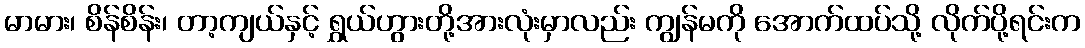
မာမား၊ စိန်စိန်း၊ တာ့ကျယ်နှင့် ရွှယ်ဟွားတို့အားလုံးမှာလည်း ကျွန်မကို အောက်ထပ်သို့ လိုက်ပို့ရင်းက